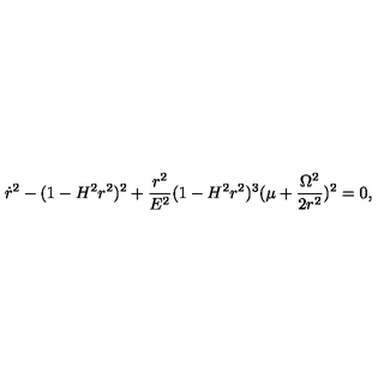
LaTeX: \dot { r } ^ { 2 } - ( 1 - H ^ { 2 } r ^ { 2 } ) ^ { 2 } + \frac { r ^ { 2 } } { E ^ { 2 } } ( 1 - H ^ { 2 } r ^ { 2 } ) ^ { 3 } ( \mu + \frac { \Omega ^ { 2 } } { 2 r ^ { 2 } } ) ^ { 2 } = 0 ,